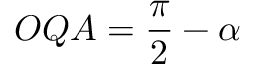
O Q A = { \frac { \pi } { 2 } } - \alpha